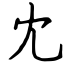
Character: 冘